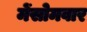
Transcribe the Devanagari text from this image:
मेंसोमवार